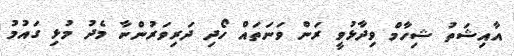
އާއިޝަތު ޝިހާމް ވިދާޅުވީ ރަން ވަނަތައް ހޯދި ދަރިވަރުންނާ މެދު މުޅި ގައުމު